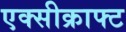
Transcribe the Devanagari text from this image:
एक्सीक्राफ्ट